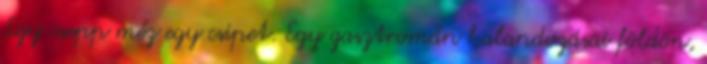
Egy csepp méz egy csipet. Egy gasztromán kalandozásai földön,